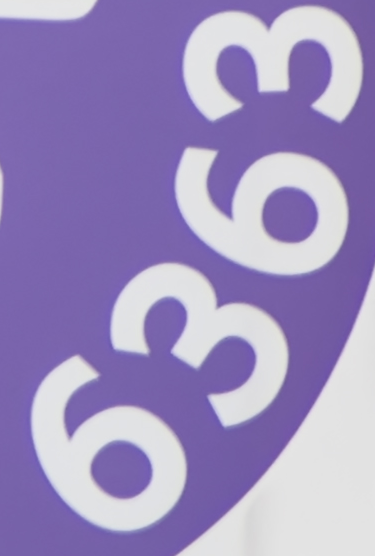
6363